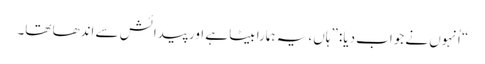
‏“‏ اُنہوں نے جواب دیا:‏ ”‏ہاں،‏ یہ ہمارا بیٹا ہے اور پیدائش سے اندھا تھا۔